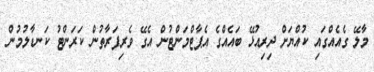
މާލޭ ގެއެއްގައި ކުއްޔަށް ދިރިއުޅޭ ބައެއްގެ އެޕާޓްމަންޓުން އެގޭ ވެރިފަރާތުން ކަރަންޓު ކަނޑާލުމުން